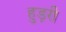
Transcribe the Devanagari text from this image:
हुड़री